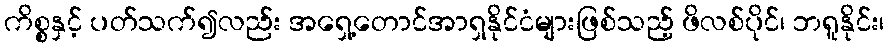
ကိစ္စနှင့် ပတ်သက်၍လည်း အရှေ့တောင်အာရှနိုင်ငံများဖြစ်သည့် ဖိလစ်ပိုင်၊ ဘရူနိုင်း၊